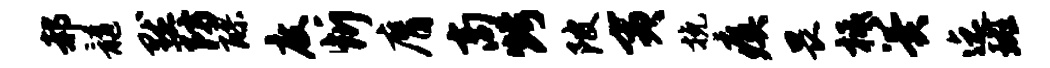
郝髓默防醪度忻膺商烤陂夷挽瘼畏柢翼迄斑